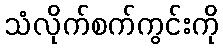
သံလိုက်စက်ကွင်းကို